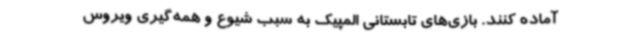
آماده کنند. بازی‌های تابستانی المپیک به سبب شیوع و همه‌گیری ویروس